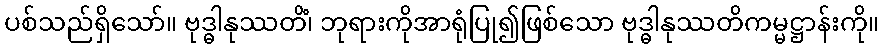
ပစ်သည်ရှိသော်။ ဗုဒ္ဓါနုဿတိံ၊ ဘုရားကိုအာရုံပြု၍ဖြစ်သော ဗုဒ္ဓါနုဿတိကမ္မဋ္ဌာန်းကို။